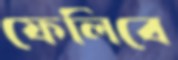
ফেলিবে